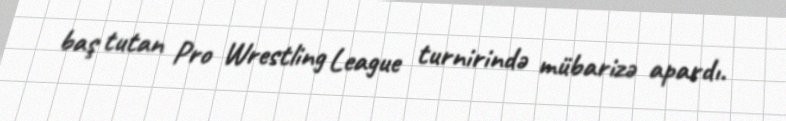
baş tutan Pro Wrestling League turnirində mübarizə apardı.